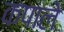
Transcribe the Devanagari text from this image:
कपाले